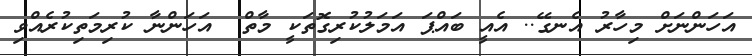
އަހަންނަށް މިހާރު އެނގޭ.. އެއީ ބައްޕަ އަމަލުކުރިގޮތަކީ މާާތް  އަހަންނާ ކުރިމަތިިިިިިިކުރެއްވި